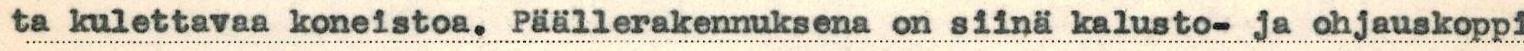
ta kulettavaa koneistoa. Päällerakennuksena on siinä kalusto- ja ohjauskoppi